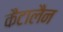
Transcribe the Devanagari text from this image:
कैटालैन